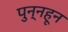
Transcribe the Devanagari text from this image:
पुन्नहून